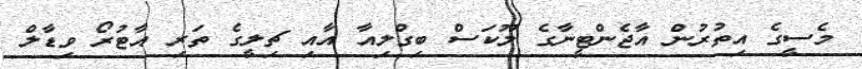
މެސީގެ އިތުރުން އާޖެންޓީނާގެ ލޫކަސް ބިގްލިއާ އާއި ޗިލީގެ ތަރި އާޓުރޯ ވިޑާލް